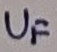
Text: UF